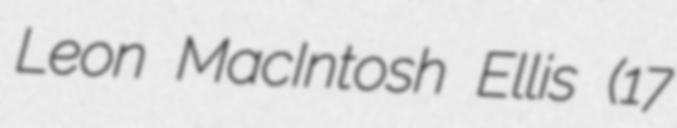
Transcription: Leon MacIntosh Ellis (17